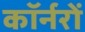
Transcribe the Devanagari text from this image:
कॉर्नरों